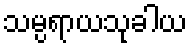
သမ္ပရာယသုခါယ